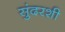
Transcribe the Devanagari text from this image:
सुंदरशी